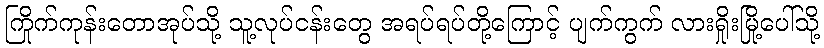
ကြိုက်ကုန်းတောအုပ်သို့ သူ့လုပ်ငန်းတွေ အရပ်ရပ်တို့ကြောင့် ပျက်ကွက် လားရှိုးမြို့ပေါ်သို့